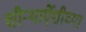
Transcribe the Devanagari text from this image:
चौर्‍याऐंशीच्या